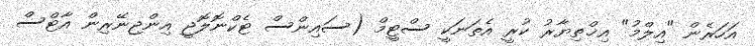
އަހަރެން "އިލްމު" އިޚްތިޔާރު ކުރީ އެތަނަކީ ސްޓީމް (ސައިންސް ޓެކްނޮލޮޖީ އިންޖިނޭރިން އާޓްސް